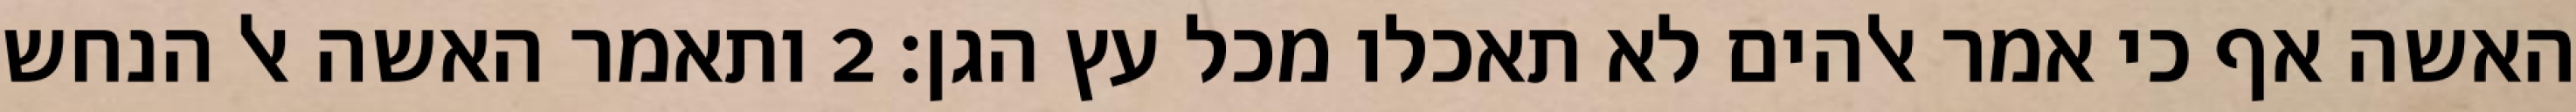
האשה אף כי אמר אלהים לא תאכלו מכל עץ הגן׃ ‎2‏ ותאמר האשה אל הנחש